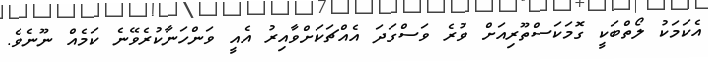
އެކަމަކު ލޯތްބަކީ ގޮމަކަސްތޫރިއަށް ވުރެ ވަސްގަދަ އެއްޗަކަށްވާއިރު އެއީ ވަންހަނާކުރެވޭނެ ކަމެއް ނޫނެވެ.